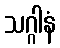
သဂ္ဂါနံ